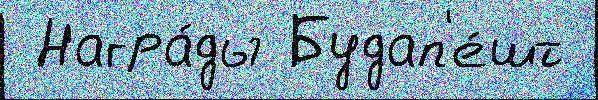
 Награ́ды Будап'е́шт